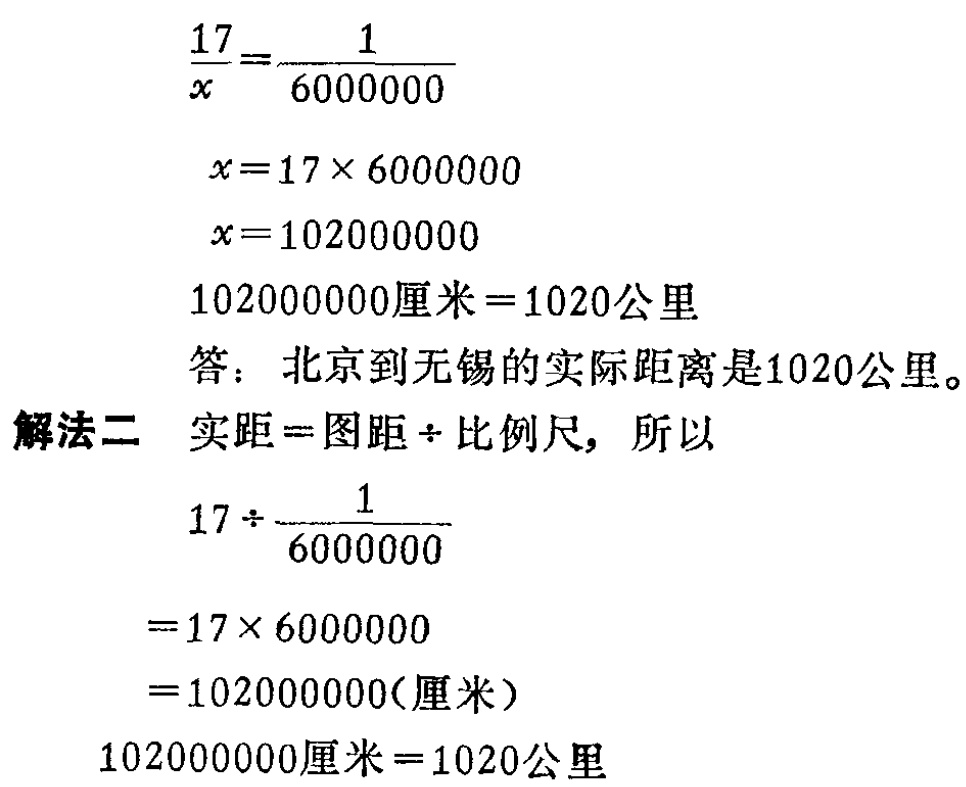
\[\begin{align*}

\frac{17}{x}&=\frac{1}{6000000}\\

x&=17\times 6000000\\

x&=102000000\\

102000000\text{厘米}& = 1020\text{公里}\\

\end{align*}\]

答：北京到无锡的实际距离是1020公里。

解法二 实距 = 图距÷比例尺，所以

\[

\begin{align*}

17\div\frac{1}{6000000}&\\

=17\times 6000000&\\

=102000000(\text{厘米})&\\

\end{align*}

\]

102000000厘米 = 1020公里